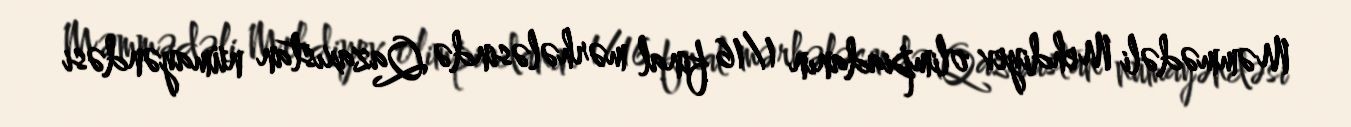
Məmmədəli Mehdiyev olimpiadanın 1/16 final mərhələsində Qazaxıstan nümayəndəsi